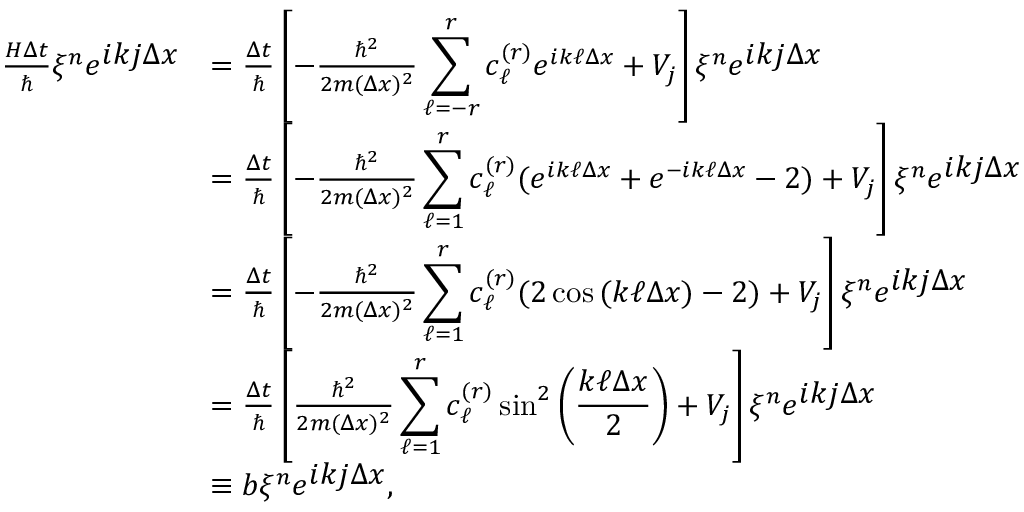
\begin{array} { r l } { \frac { H \Delta t } { \hbar } \xi ^ { n } e ^ { \displaystyle i k j \Delta x } } & { = \frac { \Delta t } { \hbar } \left[ - \frac { \hbar ^ { 2 } } { 2 m ( \Delta x ) ^ { 2 } } \displaystyle \sum _ { \ell = - r } ^ { r } c _ { \ell } ^ { ( r ) } e ^ { i k \ell \Delta x } + V _ { j } \right] \xi ^ { n } e ^ { \displaystyle i k j \Delta x } } \\ & { = \frac { \Delta t } { \hbar } \left[ - \frac { \hbar ^ { 2 } } { 2 m ( \Delta x ) ^ { 2 } } \displaystyle \sum _ { \ell = 1 } ^ { r } c _ { \ell } ^ { ( r ) } ( e ^ { i k \ell \Delta x } + e ^ { - i k \ell \Delta x } - 2 ) + V _ { j } \right] \xi ^ { n } e ^ { \displaystyle i k j \Delta x } } \\ & { = \frac { \Delta t } { \hbar } \left[ - \frac { \hbar ^ { 2 } } { 2 m ( \Delta x ) ^ { 2 } } \displaystyle \sum _ { \ell = 1 } ^ { r } c _ { \ell } ^ { ( r ) } ( 2 \cos { ( k \ell \Delta x ) } - 2 ) + V _ { j } \right] \xi ^ { n } e ^ { \displaystyle i k j \Delta x } } \\ & { = \frac { \Delta t } { \hbar } \left[ \frac { \hbar ^ { 2 } } { 2 m ( \Delta x ) ^ { 2 } } \displaystyle \sum _ { \ell = 1 } ^ { r } c _ { \ell } ^ { ( r ) } \sin ^ { 2 } \left( \frac { k \ell \Delta x } { 2 } \right) + V _ { j } \right] \xi ^ { n } e ^ { \displaystyle i k j \Delta x } } \\ & { \equiv b \xi ^ { n } e ^ { \displaystyle i k j \Delta x } , } \end{array}